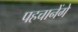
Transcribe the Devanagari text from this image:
पहचानेंगे